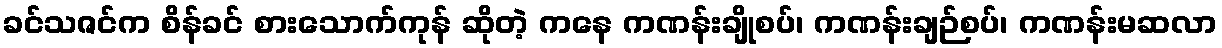
ခင်သဇင်က စိန်ခင် စားသောက်ကုန် ဆိုတဲ့ ကနေ ကဏန်းချိုစပ်၊ ကဏန်းချဉ်စပ်၊ ကဏန်းမဆလာ